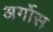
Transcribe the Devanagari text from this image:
अर्गोस